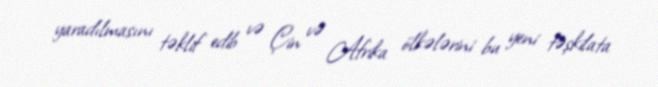
yaradılmasını təklif edib və Çin və Afrika ölkələrini bu yeni təşkilata